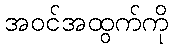
အဝင်အထွက်ကို